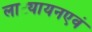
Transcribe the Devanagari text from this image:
लाट्यायनएवं